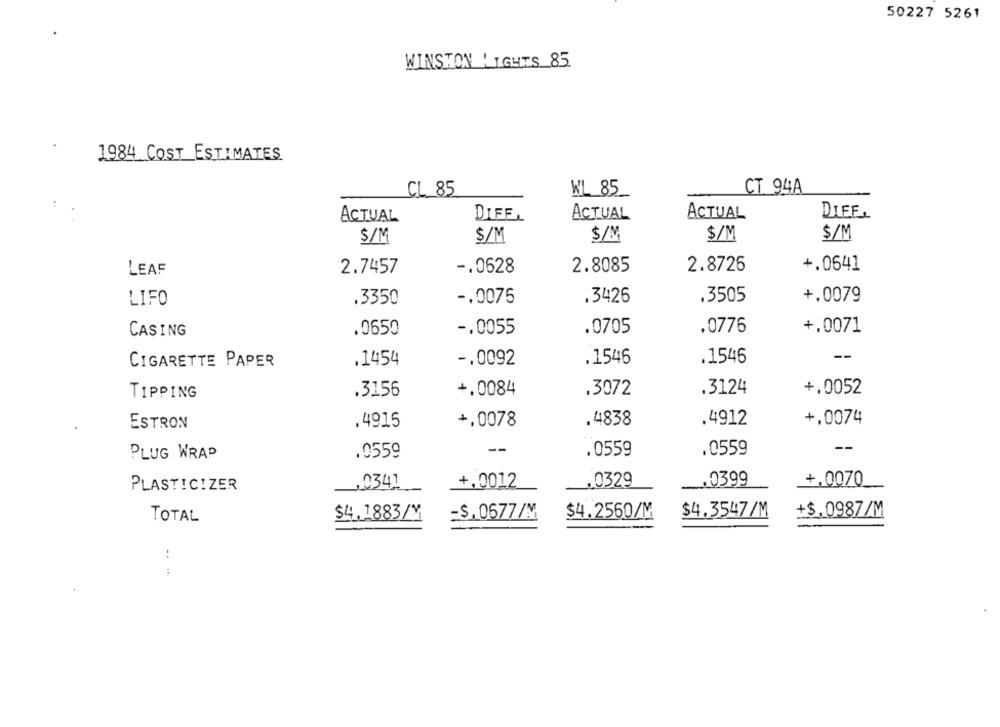
50227 5261
WINSTON LIGHTS 85
1984 COST ESTIMATES
CL_85
WL 85_
CT 94A
ACTUAL
DIFEL
ACTUAL
ACTUAL
DIFF
$/M
$/M
$/M
$/M
$/M
-. 0628
2.8085
2.8726
+.0641
LEAF
2.7457
.3505
+.0079
LIFO
.3350
-. 0075
.3426
CASING
.0650
-. 0055
.0705
.0776
+,0071
--
CIGARETTE PAPER
.1454
-. 0092
.1546
.1546
.3156
+,0084
.3072
.3124
+.0052
TIPPING
.4838
.4912
+,0074
ESTRON
.4915
+,0078
--
.0559
PLUG WRAP
.0559
.0559
PLASTIC!ZER
,0341
+,0012
_. 0329
. 0399
+,0070
$4.1883/¥
-$, 0677/M
$4.2560/M
$4.3547/M
+$.0987/M
TOTAL